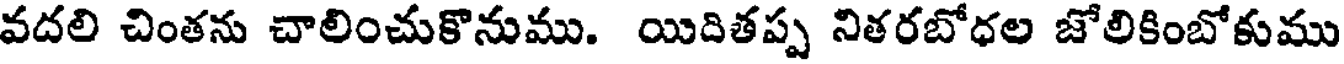
వదలి చింతను చాలించుకొనుము. యిదితప్ప నితరబోధల జోలికింబోకుము